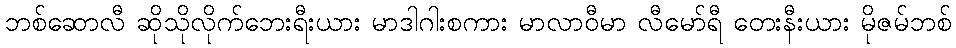
ဘစ်ဆောလီ ဆိုသိုလိုက်ဘေးရီးယား မာဒါဂါးစကား မာလာဝီမာ လီမော်ရီ တေးနီးယား မိုဇမ်ဘစ်